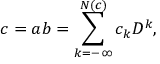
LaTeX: c = a b = \sum _ { k = - \infty } ^ { N ( c ) } c _ { k } D ^ { k } ,